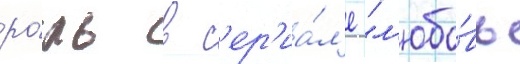
ро́ль в с'ер'иа́л'е "л'юбо́вь